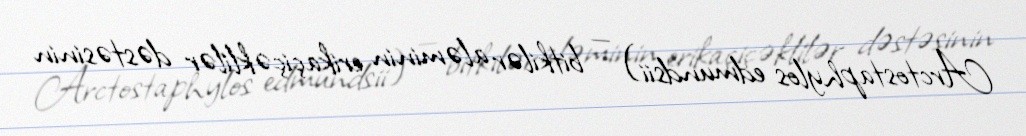
Arctostaphylos edmundsii) — bitkilər aləminin erikaçiçəklilər dəstəsinin